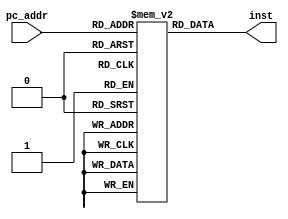
`timescale 1ns / 1ps
//////////////////////////////////////////////////////////////////////////////////
// Module Name: InstructionMemory
//////////////////////////////////////////////////////////////////////////////////


module InstructionMemory(
    input wire[11:2] pc_addr,
    
    output wire[31:0] inst
    );

    reg [31:0] inst_mem[1023:0];
    assign inst = inst_mem[pc_addr];
endmodule